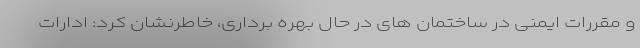
و مقررات ایمنی در ساختمان های در حال بهره برداری، خاطرنشان کرد: ادارات